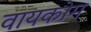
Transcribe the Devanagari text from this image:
वायकोम